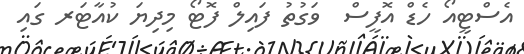
އެސްޓީއޯ ހެޑް އޮފީސް  ވަގުތު ފައިލް ފޮޓޯ މިދިޔަ ކުއާޓަރ ގައި